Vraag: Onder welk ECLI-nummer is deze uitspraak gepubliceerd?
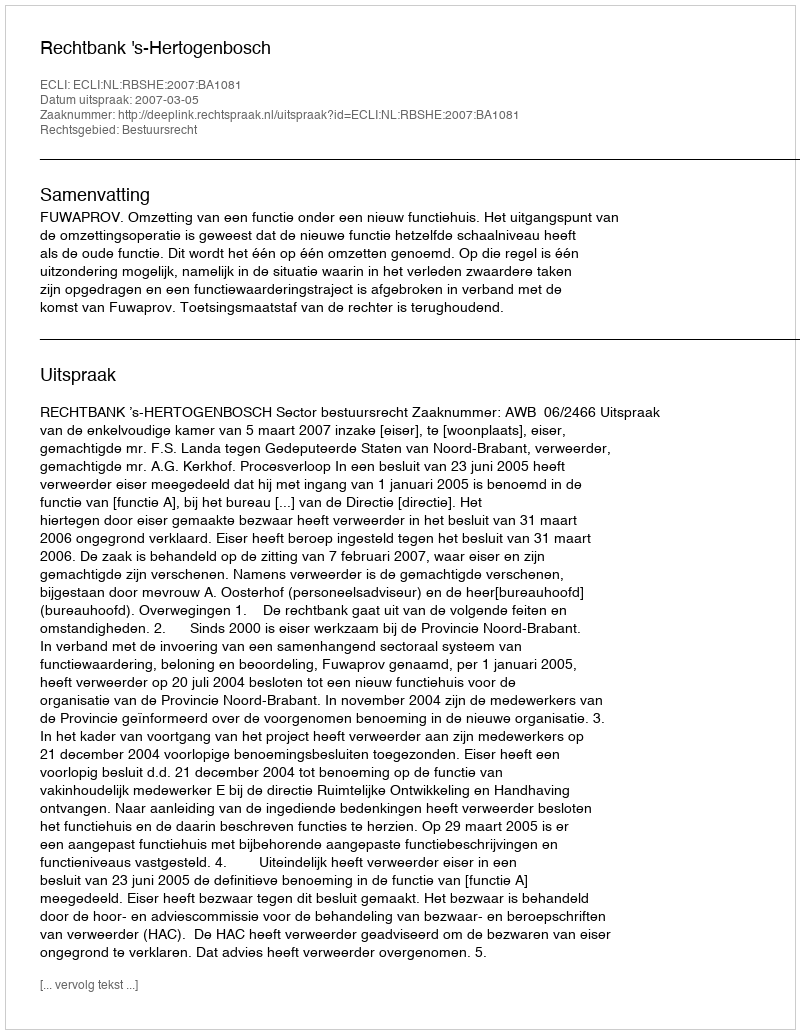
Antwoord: ECLI:NL:RBSHE:2007:BA1081